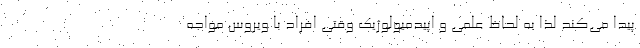
پیدا می‌کند لذا به لحاظ علمی و اپیدمیولوژیک وقتی افراد با ویروس مواجه